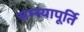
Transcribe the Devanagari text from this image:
सम्स्यापूर्ति